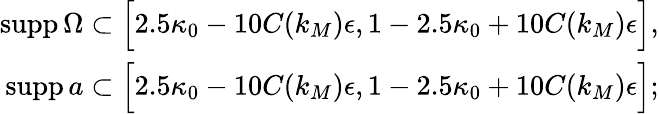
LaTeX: \begin{array}{r}{\mathrm{supp}\, \Omega\subset\Big[2.5\kappa_{0}-10C(k_{M})\epsilon,1-2.5\kappa_{0}+10C(k_{M})\epsilon\Big],}\\ {\mathrm{supp}\, a\subset\Big[2.5\kappa_{0}-10C(k_{M})\epsilon,1-2.5\kappa_{0}+10C(k_{M})\epsilon\Big];}\end{array}